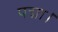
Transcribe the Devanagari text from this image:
पद्मा।